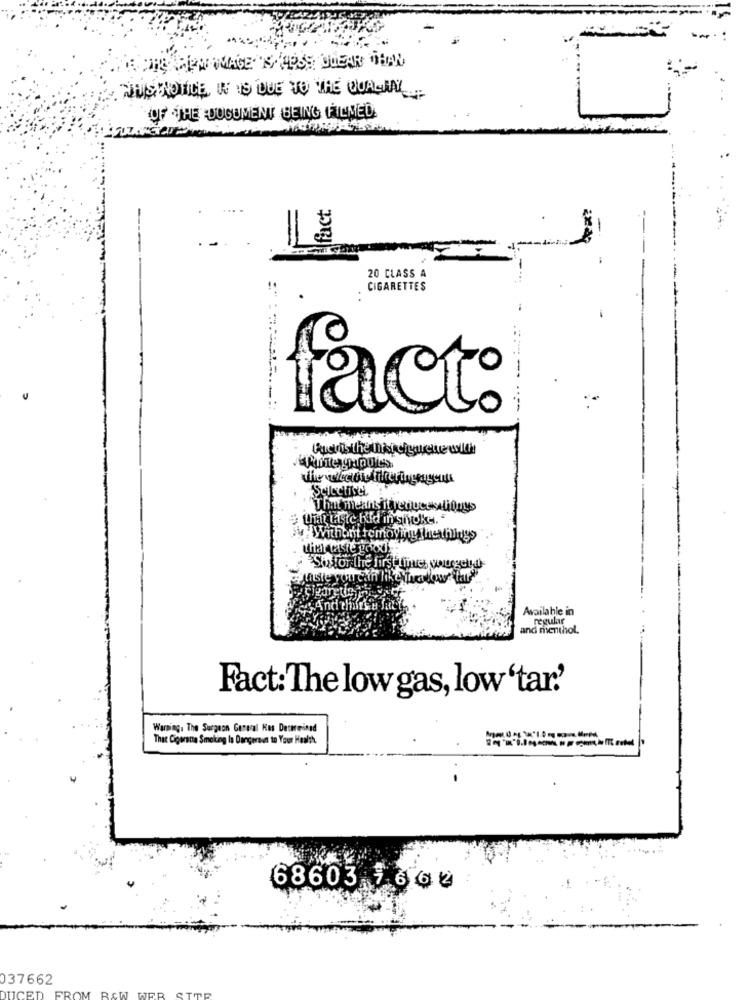
"NOUS NOTICE IN VIS QUE TO THE QUALIAL
OF THE DOCUMENT BEING FILMED
fact
-
20 CLASS A
CIGARETTES
fact:
Selective
That means it reducesaliQuys
# What Lite bld in shoke. "
4 }Withont removing the things
Citar Cashe
Soyfor the first Time: wo geld-
Available in
regular
and menthol.
Fact: The low gas, low 'tar.'
Warning. The Surgeon General Kes Determined
That Cigarette Smoking Is Dangerous to Your Health.
68603 1662
037662
FROM RAW WER STOR
DUCED